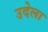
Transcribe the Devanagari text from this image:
उदेला